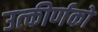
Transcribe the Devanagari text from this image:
उत्‍कीर्णकों